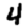
Digit: 4